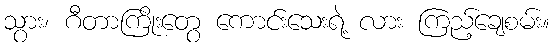
သွား၊ ဂီတာကြိုးတွေ ကောင်းသေးရဲ့ လား ကြည့်ချေစမ်း။